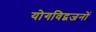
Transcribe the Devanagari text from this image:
योगविद्वजनों